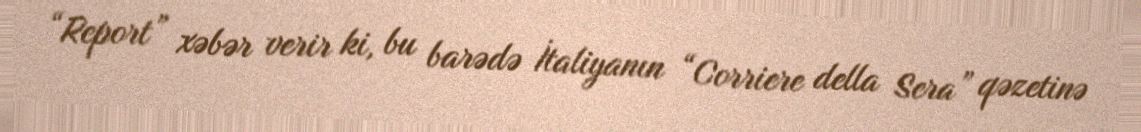
“Report” xəbər verir ki, bu barədə İtaliyanın “Corriere della Sera” qəzetinə